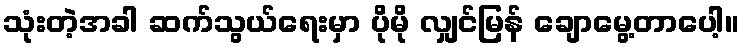
သုံးတဲ့အခါ ဆက်သွယ်ရေးမှာ ပိုမို လျှင်မြန် ချောမွေ့တာပေါ့။